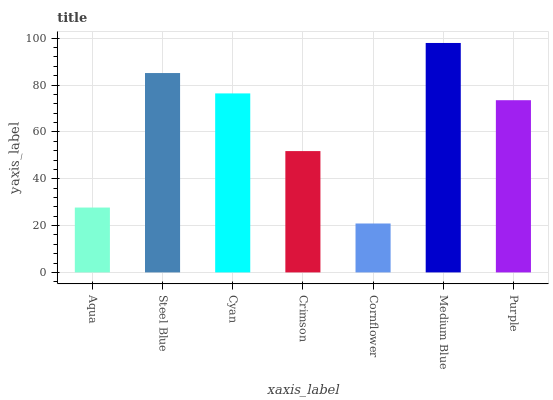
| xaxis_label | bars |
 | --- | --- |
 | Aqua | 27.7 |
 | Steel Blue | 85.1 |
 | Cyan | 76.4 |
 | Crimson | 51.8 |
 | Cornflower | 20.9 |
 | Medium Blue | 98 |
 | Purple | 73.5 |